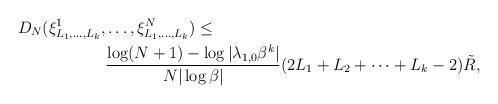
\begin{align*}D_N(\xi_{L_1,\dots,L_k}^{1}, & \ldots, \xi_{L_1,\dots,L_k}^{N})\leq\\ & \frac{\log (N+1)-\log|\lambda_{1,0}\beta^k|}{N|\log \beta|}(2L_1+L_2+\dots+L_k-2)\tilde R,\end{align*}